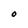
Character: O